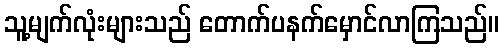
သူ့မျက်လုံးများသည် တောက်ပနက်မှောင်လာကြသည်။